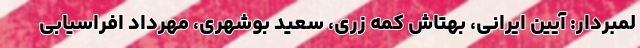
لمبردار: آیین ایرانی، بهتاش کمه زری، سعید بوشهری، مهرداد افراسیابی